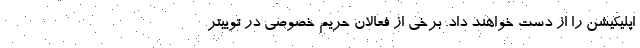
اپلیکیشن را از دست خواهند داد. برخی از فعالان حریم خصوصی در توییتر